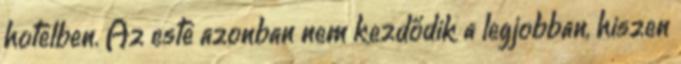
hotelben. Az este azonban nem kezdődik a legjobban, hiszen